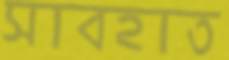
সাবহাত